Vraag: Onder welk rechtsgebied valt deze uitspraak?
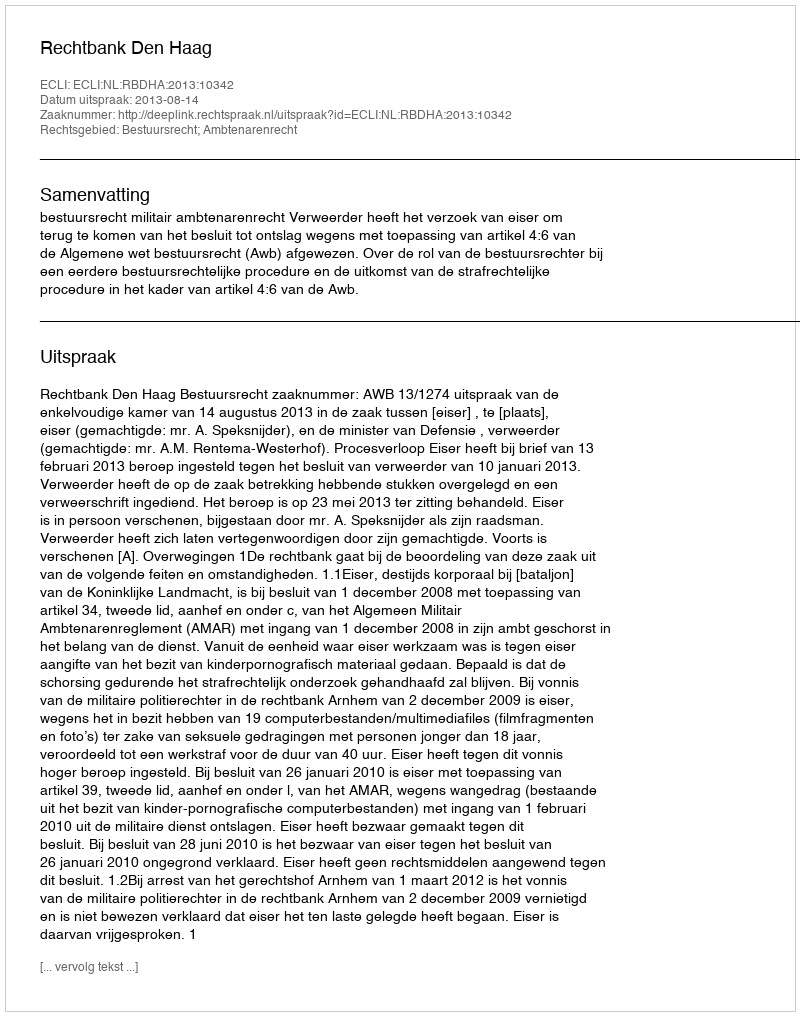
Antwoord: Bestuursrecht; Ambtenarenrecht